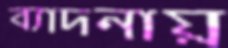
ব্যাদনায়